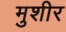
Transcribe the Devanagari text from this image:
मुशीर